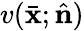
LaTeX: v(\bar{{\mathbf x}};\hat{{\mathbf n}})